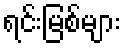
ရင်းမြစ်များ